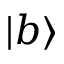
| b \rangle